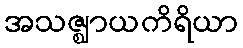
အသဇ္ဈာယကိရိယာ